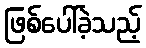
ဖြစ်ပေါ်ခဲ့သည့်